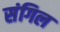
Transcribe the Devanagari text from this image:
संगिल